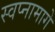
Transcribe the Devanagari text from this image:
स्वप्नामागे